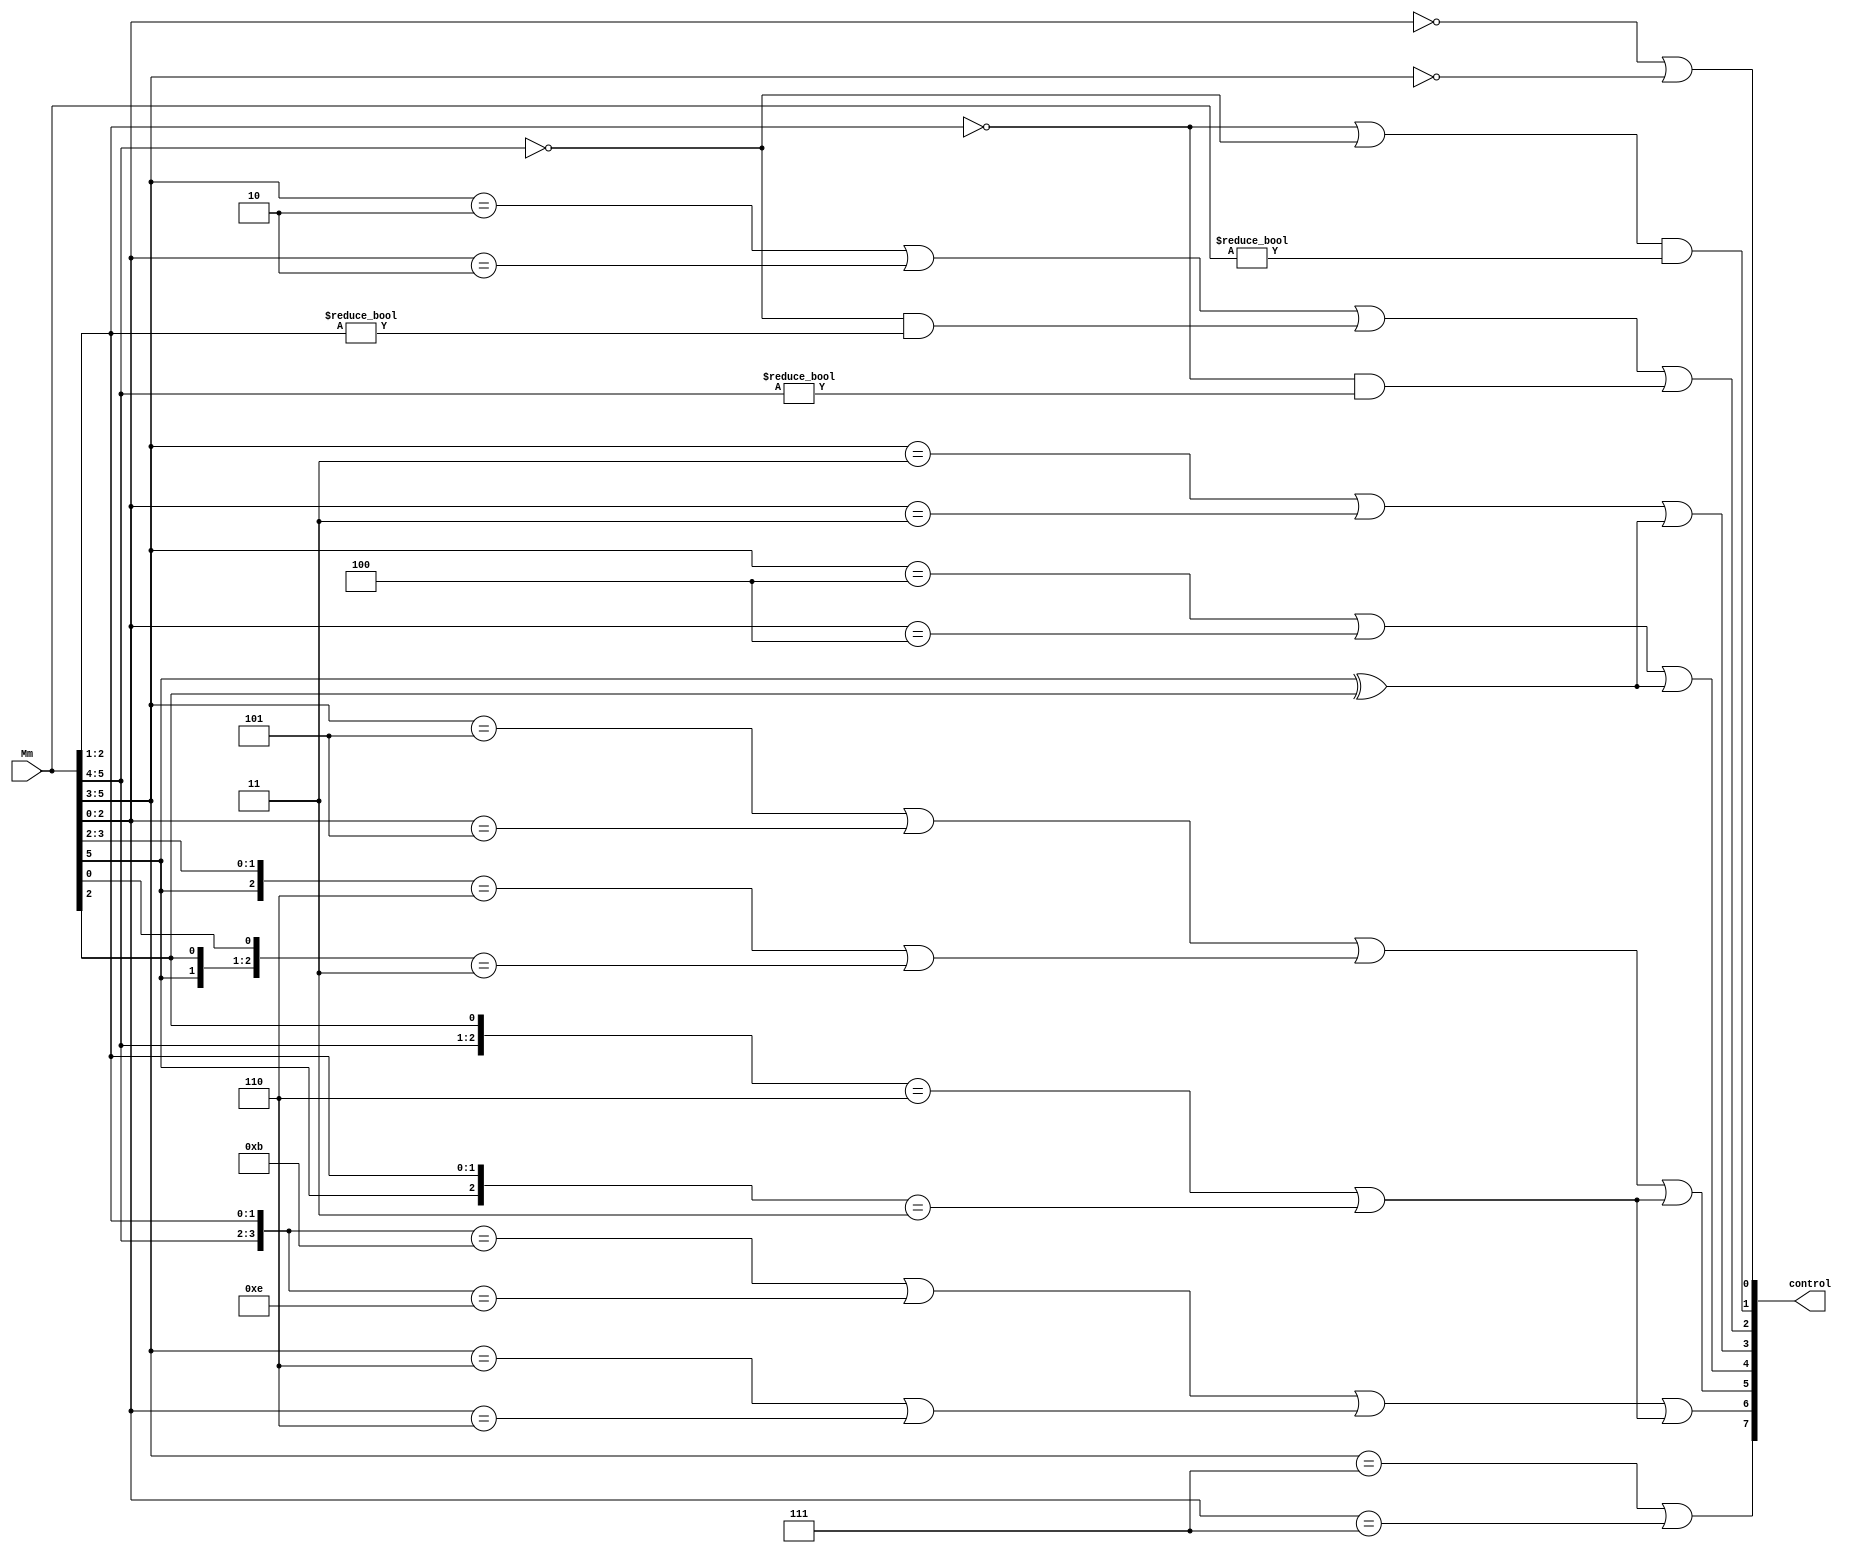
module GenerateControl (input [5:0] Mm,
                        output [7:0] control
                       );
    
    reg [7:0] control_temp = 8'b0;
    assign control = control_temp;
    
    always @(*) begin
        control_temp[0] <= (Mm[2:0] == 0 || Mm[5:3] == 0);
        control_temp[1] <= (Mm[2:1] == 0 || Mm[5:4] == 0) && Mm != 0;
        control_temp[2] <= (Mm[5:3] == 2 || Mm[2:0] == 2) || (Mm[5:4] == 0 && Mm[2:1] != 0) || (Mm[2:1] == 0 && Mm[5:4] != 0);
        control_temp[3] <= (Mm[5:3] == 3 || Mm[2:0] == 3 || Mm[5]^Mm[2] != 0);
        control_temp[4] <= (Mm[5:3] == 4 || Mm[2:0] == 4 || Mm[5]^Mm[2] != 0);
        control_temp[5] <= (Mm[5:3] == 5 || Mm[2:0] == 5) || ({Mm[5], Mm[3:2]} == 6 || {Mm[5], Mm[2], Mm[0]} == 3) || ({Mm[5:4], Mm[2]} == 6 || {Mm[5], Mm[2:1]} == 3);
        control_temp[6] <= ({Mm[5:4], Mm[2:1]} == 11 || {Mm[5:4], Mm[2:1]} == 14) || (Mm[5:3] == 6 || Mm[2:0] == 6) || ({Mm[5:4], Mm[2]} == 6 || {Mm[5], Mm[2:1]} == 3);
        control_temp[7] <= (Mm[5:3] == 7 || Mm[2:0] == 7);
    end

endmodule